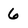
Character: 6